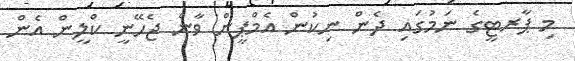
މި ޕާރޓީގެ ނަމުގައި ދެން ނިކުން އެމްޕީން ވާން ޖެހޭނީ ކްލީން އެން